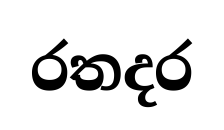
රතදර